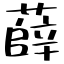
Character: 薛